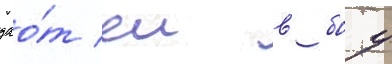
дао́т еи в боу